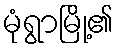
မုံရွာမြို့၏